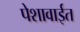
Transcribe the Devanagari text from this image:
पेशावाईत